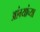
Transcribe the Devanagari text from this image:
आंग्र्यांच्या